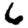
Digit: 6